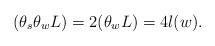
\begin{align*} (\theta_s\theta_w L) = 2 (\theta_w L) = 4l(w). \end{align*}